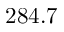
2 8 4 . 7